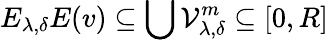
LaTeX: E_{\lambda,\delta}E(v)\subseteq\bigcup\mathcal{V}_{\lambda,\delta}^{m}\subseteq[0,R]